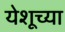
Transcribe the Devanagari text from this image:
येशूच्‍या